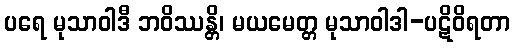
ပရေ မုသာဝါဒီ ဘဝိဿန္တိ၊ မယမေတ္တ မုသာဝါဒါ-ပဋိဝိရတာ